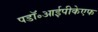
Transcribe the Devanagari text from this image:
पडॉ॰आईपीकेएफ